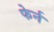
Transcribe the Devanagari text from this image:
फेर्न